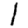
Digit: 1